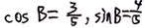
\cos B = \frac { 3 } { 5 } , \sin B = \frac { 4 } { 5 }